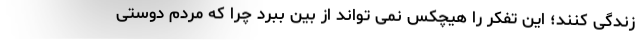
زندگی کنند؛ این تفکر را هیچکس نمی تواند از بین ببرد چرا که مردم دوستی